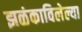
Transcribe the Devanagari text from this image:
झळंकाविलेल्या